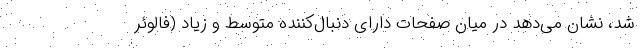
شد، نشان می‌دهد در میان صفحات دارای دنبال‌کننده متوسط و زیاد (فالوئر